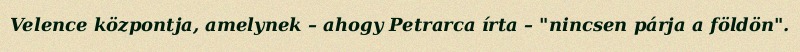
Velence központja, amelynek – ahogy Petrarca írta – "nincsen párja a földön".